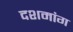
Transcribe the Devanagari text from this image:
दशमांग